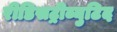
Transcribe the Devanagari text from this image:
रीडिसट्रीब्युटिद